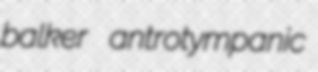
balker antrotympanic